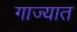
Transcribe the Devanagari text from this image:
गाज्यात